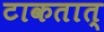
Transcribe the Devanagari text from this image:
टाकतात्